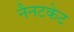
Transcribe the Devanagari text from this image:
नैनटकेट